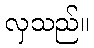
လှသည်။